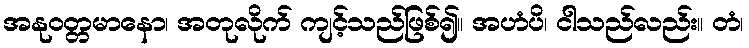
အနုဝတ္တမာနော၊ အတုလိုက် ကျင့်သည်ဖြစ်၍။ အဟံပိ၊ ငါသည်လည်း။ တံ၊